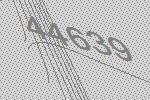
44639